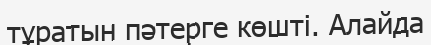
тұратын пәтерге көшті. Алайда